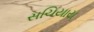
સચિયાય